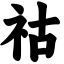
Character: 祜